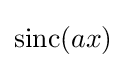
\operatorname {sinc} (ax)